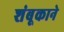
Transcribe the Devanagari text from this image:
शंबूकाने